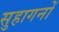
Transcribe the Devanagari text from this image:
सुहागनों